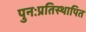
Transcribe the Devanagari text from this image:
पुनःप्रतिस्थापित